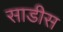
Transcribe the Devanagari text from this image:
साडीस